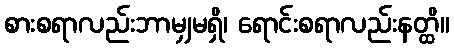
စားစရာလည်းဘာမျှမရှိ၊ ရောင်းစရာလည်းနတ္ထိ။